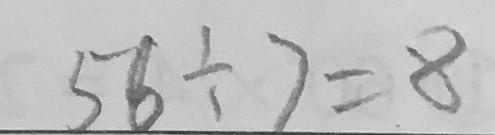
5 6 \div 7 = 8